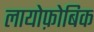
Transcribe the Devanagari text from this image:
लायोफ़ोबिक